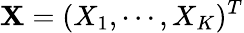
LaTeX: \mathbf{X}=(X_{1},\cdots,X_{K})^{T}